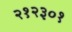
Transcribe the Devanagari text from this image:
२१२३०१